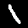
Label: 1